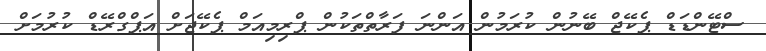
ސްޓޭންޑަޑް ޕެކޭޖް ބޭނުން ކުރަމުން އަންނަ ފަރާތްތަކުން ޕްރިމިއަމް ޕެކޭޖަށް އަޕްގްރޭޑް ކުރުމަށް